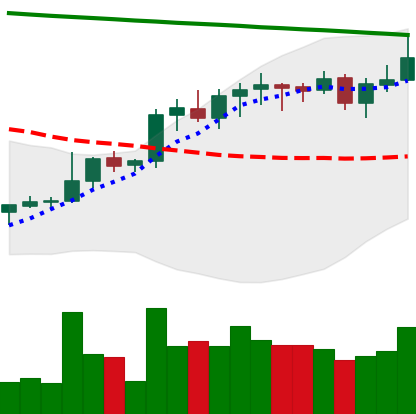
Ticker: LINK-USD
Chart end date: 2021-08-11
Forward return: 8.239%
Label: up_7plus